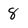
Character: 8